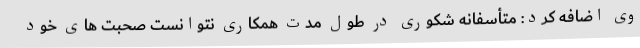
وی اضافه کرد: متأسفانه شکوری در طول مدت همکاری نتوانست صحبت های خود